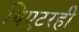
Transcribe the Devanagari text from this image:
थिएटरही